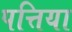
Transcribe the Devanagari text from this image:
पत्तिया